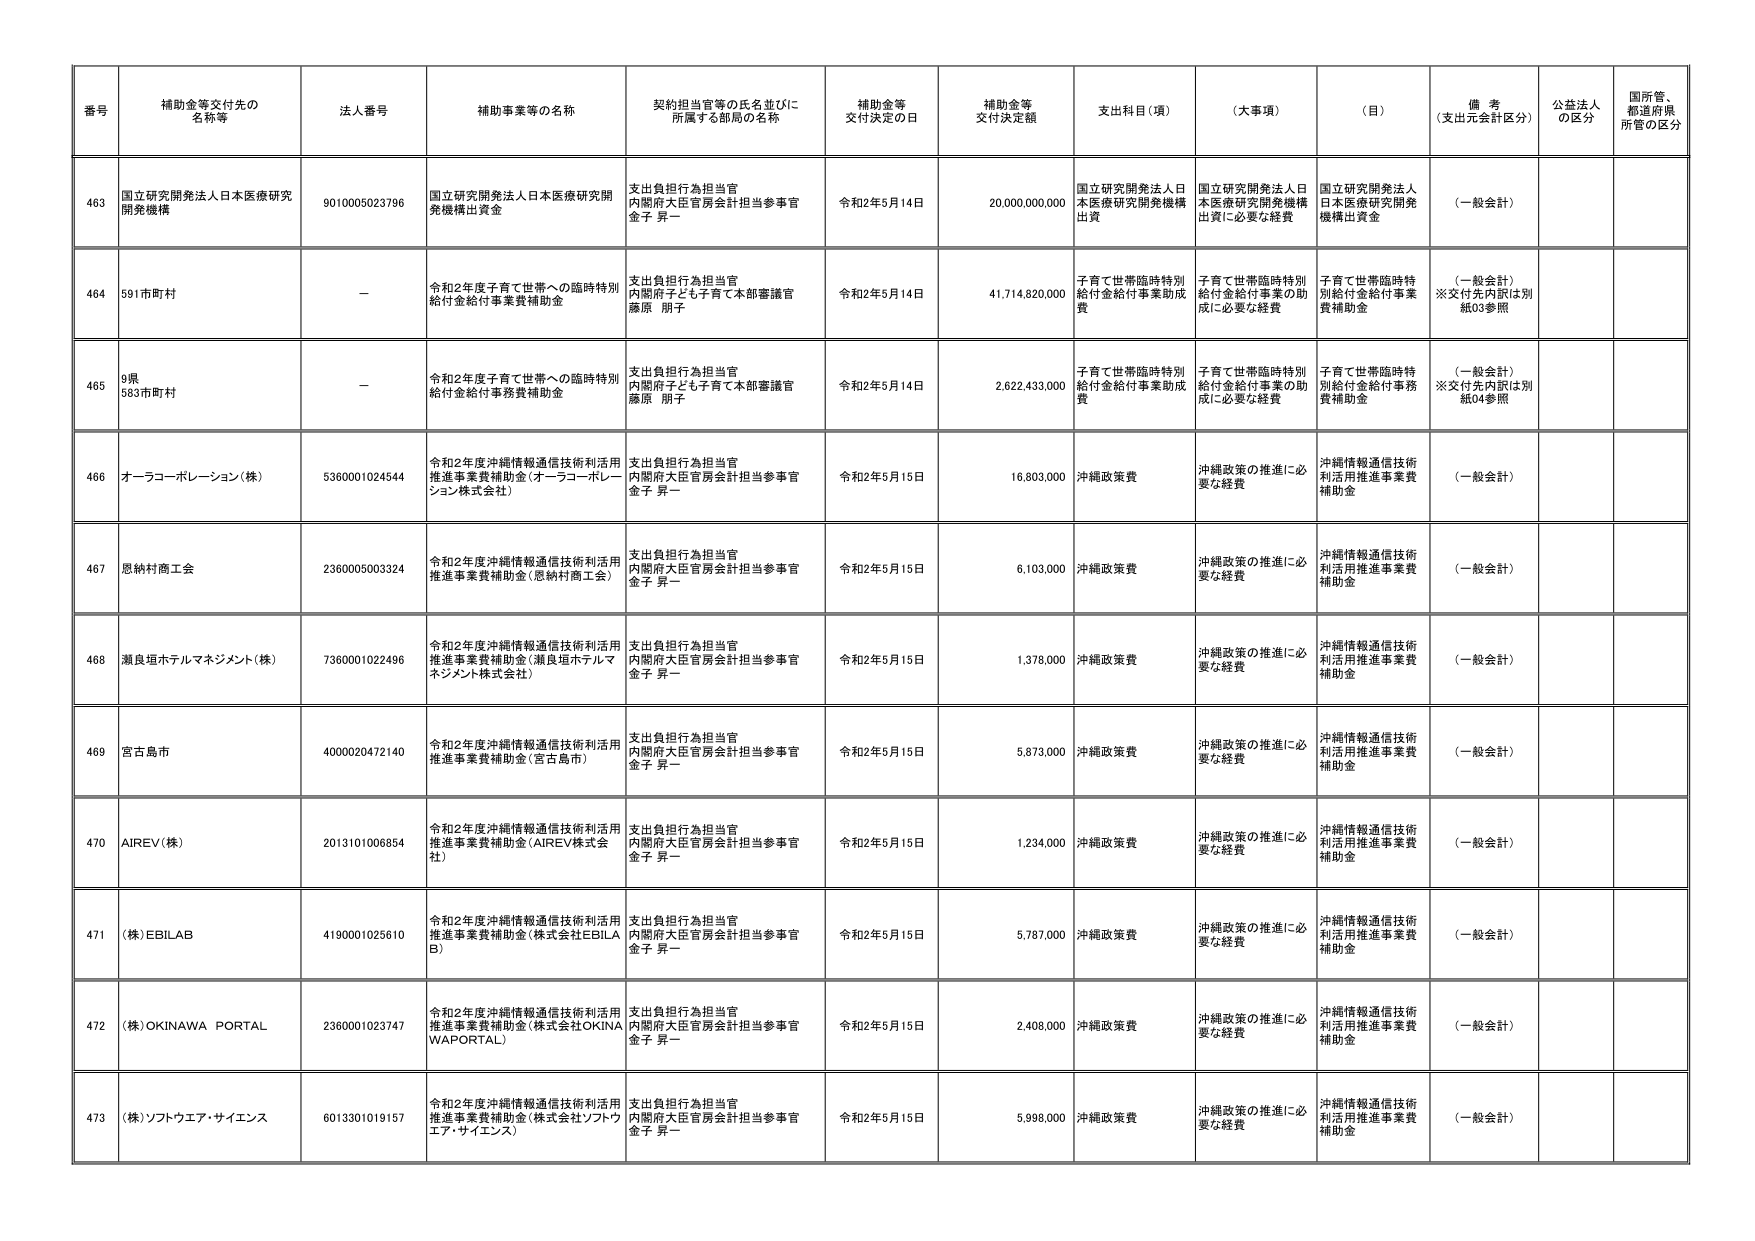
番号 補助金等交付先の名称等 法人番号 補助事業等の名称 契約担当官等の氏名並びに所属する部局の名称 補助金等交付決定の日 補助金等交付決定額 支出科目（項） （大事項） （目） 備考（支出元会計区分） 公益法人の区分 国所管、都道府県所管の区分

463 国立研究開発法人日本医療研究開発機構 9010005023796 国立研究開発法人日本医療研究開発機構出資金 支出負担行為担当官 内閣府大臣官房会計担当参事官 金子 昇一 令和2年5月14日 20,000,000,000 国立研究開発法人日本医療研究開発機構出資 国立研究開発法人日本医療研究開発機構出資に必要な経費 国立研究開発法人日本医療研究開発機構出資金 （一般会計）

464 591市町村 － 令和2年度子育て世帯への臨時特別給付金給付事業費補助金 支出負担行為担当官 内閣府子ども子育て本部審議官 藤原 朋子 令和2年5月14日 41,714,820,000 子育て世帯臨時特別給付金給付事業助成費 子育て世帯臨時特別給付金給付事業の助成に必要な経費 子育て世帯臨時特別給付金給付事業費補助金 （一般会計） ※交付先内訳は別紙03参照

465 9県 583市町村 － 令和2年度子育て世帯への臨時特別給付金給付事業費補助金 支出負担行為担当官 内閣府子ども子育て本部審議官 藤原 朋子 令和2年5月14日 2,622,433,000 子育て世帯臨時特別給付金給付事業助成費 子育て世帯臨時特別給付金給付事業の助成に必要な経費 子育て世帯臨時特別給付金給付事業費補助金 （一般会計） ※交付先内訳は別紙04参照

466 オーラコーポレーション（株） 5360001024544 令和2年度沖縄情報通信技術利活用推進事業費補助金（オーラコーポレーション株式会社） 支出負担行為担当官 内閣府大臣官房会計担当参事官 金子 昇一 令和2年5月15日 16,803,000 沖縄政策費 沖縄政策の推進に必要な経費 沖縄情報通信技術利活用推進事業費補助金 （一般会計）

467 恩納村商工会 2360005003324 令和2年度沖縄情報通信技術利活用推進事業費補助金（恩納村商工会） 支出負担行為担当官 内閣府大臣官房会計担当参事官 金子 昇一 令和2年5月15日 6,103,000 沖縄政策費 沖縄政策の推進に必要な経費 沖縄情報通信技術利活用推進事業費補助金 （一般会計）

468 瀬良垣ホテルマネジメント（株） 7360001022496 令和2年度沖縄情報通信技術利活用推進事業費補助金（瀬良垣ホテルマネジメント株式会社） 支出負担行為担当官 内閣府大臣官房会計担当参事官 金子 昇一 令和2年5月15日 1,376,000 沖縄政策費 沖縄政策の推進に必要な経費 沖縄情報通信技術利活用推進事業費補助金 （一般会計）

469 宮古島市 4000020472140 令和2年度沖縄情報通信技術利活用推進事業費補助金（宮古島市） 支出負担行為担当官 内閣府大臣官房会計担当参事官 金子 昇一 令和2年5月15日 5,873,000 沖縄政策費 沖縄政策の推進に必要な経費 沖縄情報通信技術利活用推進事業費補助金 （一般会計）

470 AIREV（株） 2013101006854 令和2年度沖縄情報通信技術利活用推進事業費補助金（AIREV株式会社） 支出負担行為担当官 内閣府大臣官房会計担当参事官 金子 昇一 令和2年5月15日 1,234,000 沖縄政策費 沖縄政策の推進に必要な経費 沖縄情報通信技術利活用推進事業費補助金 （一般会計）

471 （株）EBILAB 4190001025610 令和2年度沖縄情報通信技術利活用推進事業費補助金（株式会社EBILAB） 支出負担行為担当官 内閣府大臣官房会計担当参事官 金子 昇一 令和2年5月15日 5,787,000 沖縄政策費 沖縄政策の推進に必要な経費 沖縄情報通信技術利活用推進事業費補助金 （一般会計）

472 （株）OKINAWA PORTAL 2360001023747 令和2年度沖縄情報通信技術利活用推進事業費補助金（株式会社OKINAWAPORTAL） 支出負担行為担当官 内閣府大臣官房会計担当参事官 金子 昇一 令和2年5月15日 2,406,000 沖縄政策費 沖縄政策の推進に必要な経費 沖縄情報通信技術利活用推進事業費補助金 （一般会計）

473 （株）ソフトウエア・サイエンス 6013301019157 令和2年度沖縄情報通信技術利活用推進事業費補助金（株式会社ソフトウエア・サイエンス） 支出負担行為担当官 内閣府大臣官房会計担当参事官 金子 昇一 令和2年5月15日 5,998,000 沖縄政策費 沖縄政策の推進に必要な経費 沖縄情報通信技術利活用推進事業費補助金 （一般会計）